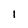
Character: l